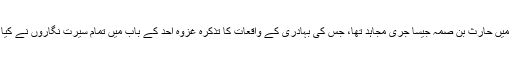
انہی میں حارث بن صمہؓ جیسا جری مجاہد تھا، جس کی بہادری کے واقعات کا تذکرہ غزوہ احد کے باب میں تمام سیرت نگاروں نے کیا ہے۔